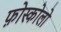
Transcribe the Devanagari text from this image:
फ़ोस्कोलो